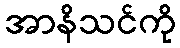
အာနိသင်ကို